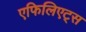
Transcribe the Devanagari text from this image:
एफिलिएट्स